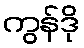
ကွန်ဒို